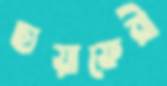
ছায়াফেরী